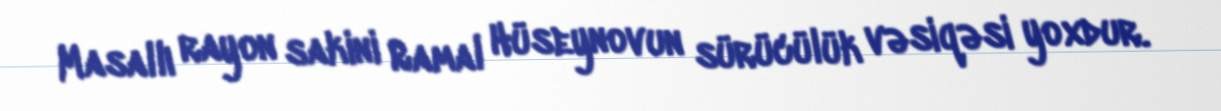
Masallı rayon sakini Ramal Hüseynovun sürücülük vəsiqəsi yoxdur.